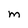
Character: m